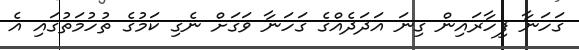
ގަހަނާ ފިހާރައިން ގިނަ އަދަދެއްގެ ގަހަނާ ވަގަށް ނެގި ކަމުގެ ތުހުމަތުގައި އެ